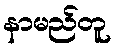
နာမည်တူ